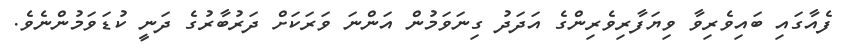
ފެއާގައި ބައިވެރިވާ ވިޔަފާރިވެރިންގެ އަދަދު ގިނަވަމުން އަންނަ ވަރަކަށް ދަރުބާރުގެ ދަނީ ކުޑަވަމުންނެވެ.